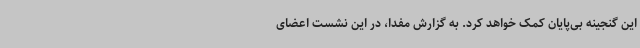
این گنجینه بی‌پایان کمک خواهد کرد. به گزارش مفدا، در این نشست اعضای